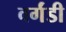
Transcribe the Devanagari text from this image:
वर्गंडी